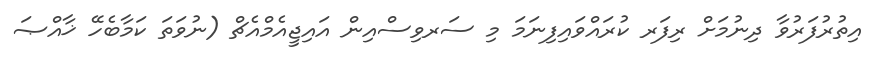
އިތުރުފަރުވާ ދިނުމަށް ރިފަރ ކުރައްވައިފިނަމަ މި ސަރވިސްއިން އައިޖީއެމްއެޗް (ނުވަތަ ކަމާބެހޭ ޚާއްޞަ